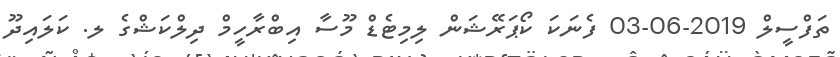
ތަފްސީލް 2019-06-03 ފެނަކަ ކޯޕަރޭޝަން ލިމިޓެޑް މޫސާ އިބްރާހީމް ދިލްކަޝްގެ ލ. ކަލައިދޫ